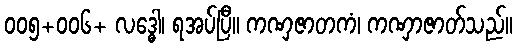
၀၀၅+၀၀၆+ လဒ္ဓေါ၊ ရအပ်ပြီ။ ကဏှဇာတကံ၊ ကဏှာဇာတ်သည်။